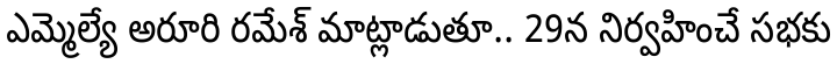
ఎమ్మెల్యే అరూరి రమేశ్ మాట్లాడుతూ.. 29న నిర్వహించే సభకు